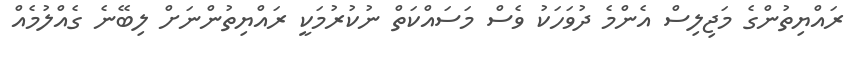
ރައްޔިތުންގެ މަޖިލިސް އެންމެ ދުވަހަކު ވެސް މަސައްކަތް ނުކުރުމަކީ ރައްޔިތުންނަށް ލިބޭނެ ގެއްލުމެއް